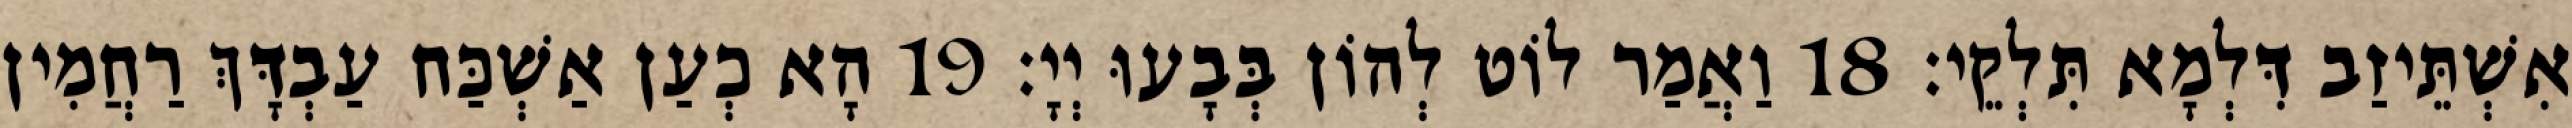
אִשְׁתֵּיזַב דִּלְמָא תִּלְקֵי׃ 18 וַאֲמַר לוֹט לְהוֹן בְּבָעוּ יְיָ׃ 19 הָא כְעַן אַשְׁכַּח עַבְדָּךְ רַחֲמִין